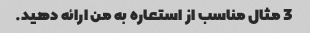
3 مثال مناسب از استعاره به من ارائه دهید.